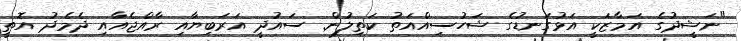
"ނަޝީދުގެ އަމާޒަކީ އަޅުގަނޑުގެ ޝަހުސިއްއަތު ކަތިލުން